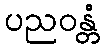
ပညဝန္တံ